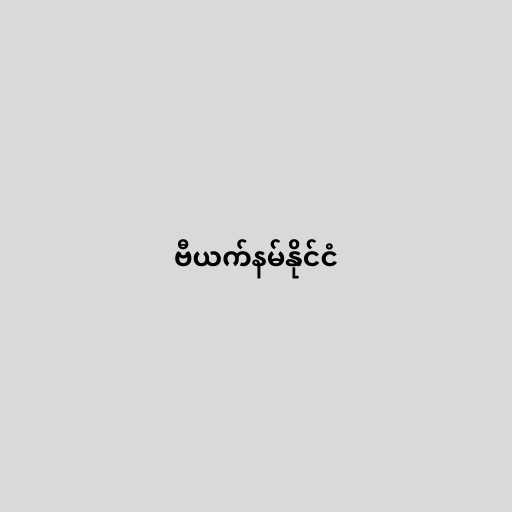
ဗီယက်နမ်နိုင်ငံ